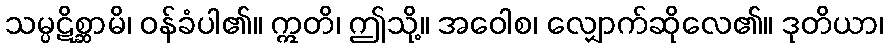
သမ္ပဋိစ္ဆာမိ၊ ဝန်ခံပါ၏။ ဣတိ၊ ဤသို့။ အဝေါစ၊ လျှောက်ဆိုလေ၏။ ဒုတိယာ၊